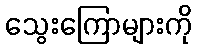
သွေးကြောများကို